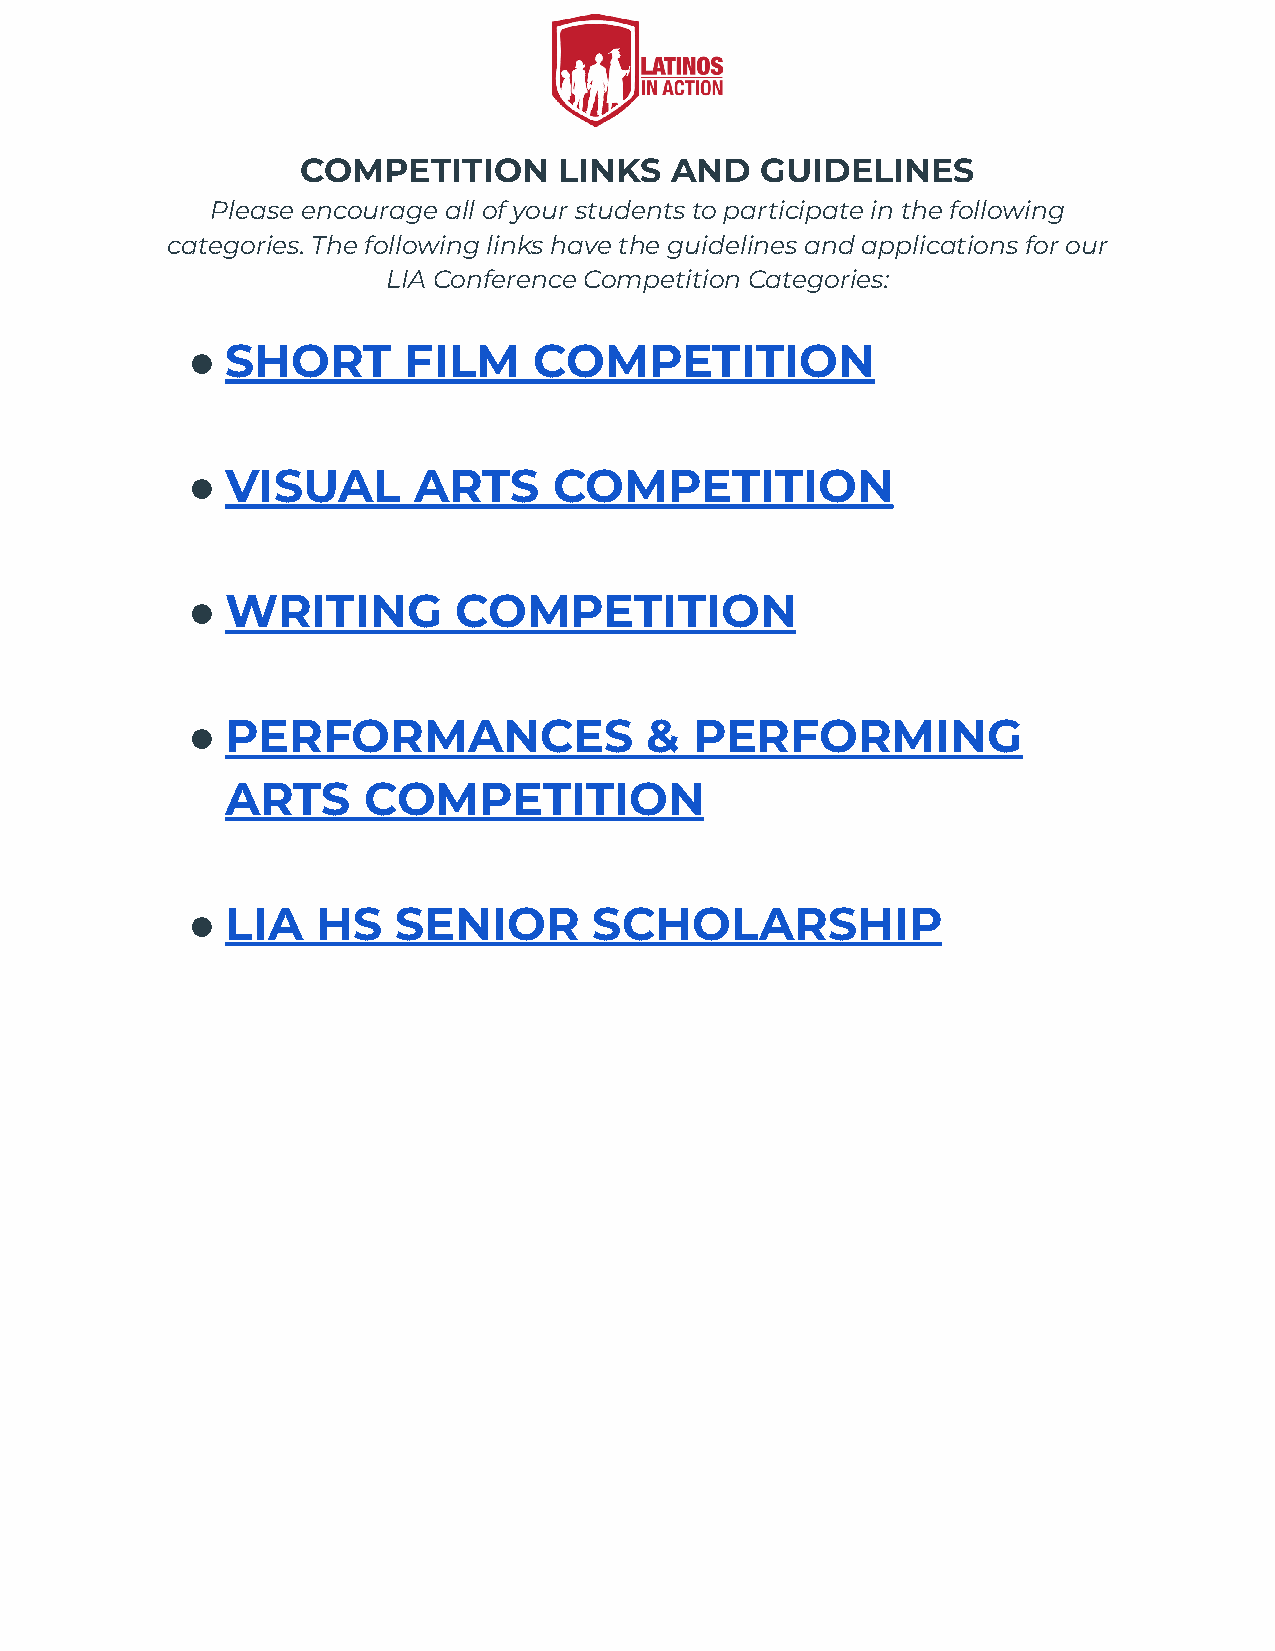
COMPETITION      LINKS  AND   GUIDELINES
 Please encourage all of your students to participate in the following
 categories. The following links have the guidelines and applications for our
 LIA Conference Competition Categories:
 ●  SHORT       FILM    COMPETITION
 ●  VISUAL      ARTS      COMPETITION
 ●  WRITING        COMPETITION
 ●  PERFORMANCES                &  PERFORMING
 ARTS     COMPETITION
 ●  LIA   HS   SENIOR       SCHOLARSHIP